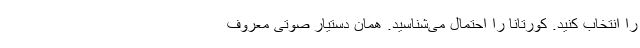
را انتخاب کنید. کورتانا را احتمال می‌شناسید. همان دستیار صوتی معروف